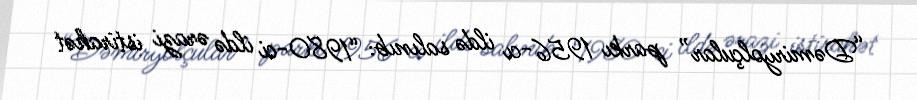
“Dəmiryolçular” parkı 1956-cı ildə salınıb: “1980-ci ildə ərazi istirahət